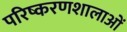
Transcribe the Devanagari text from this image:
परिष्करणशालाओं